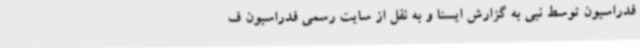
فدراسیون توسط نبی به گزارش ایسنا و به نقل از سایت رسمی فدراسیون ف